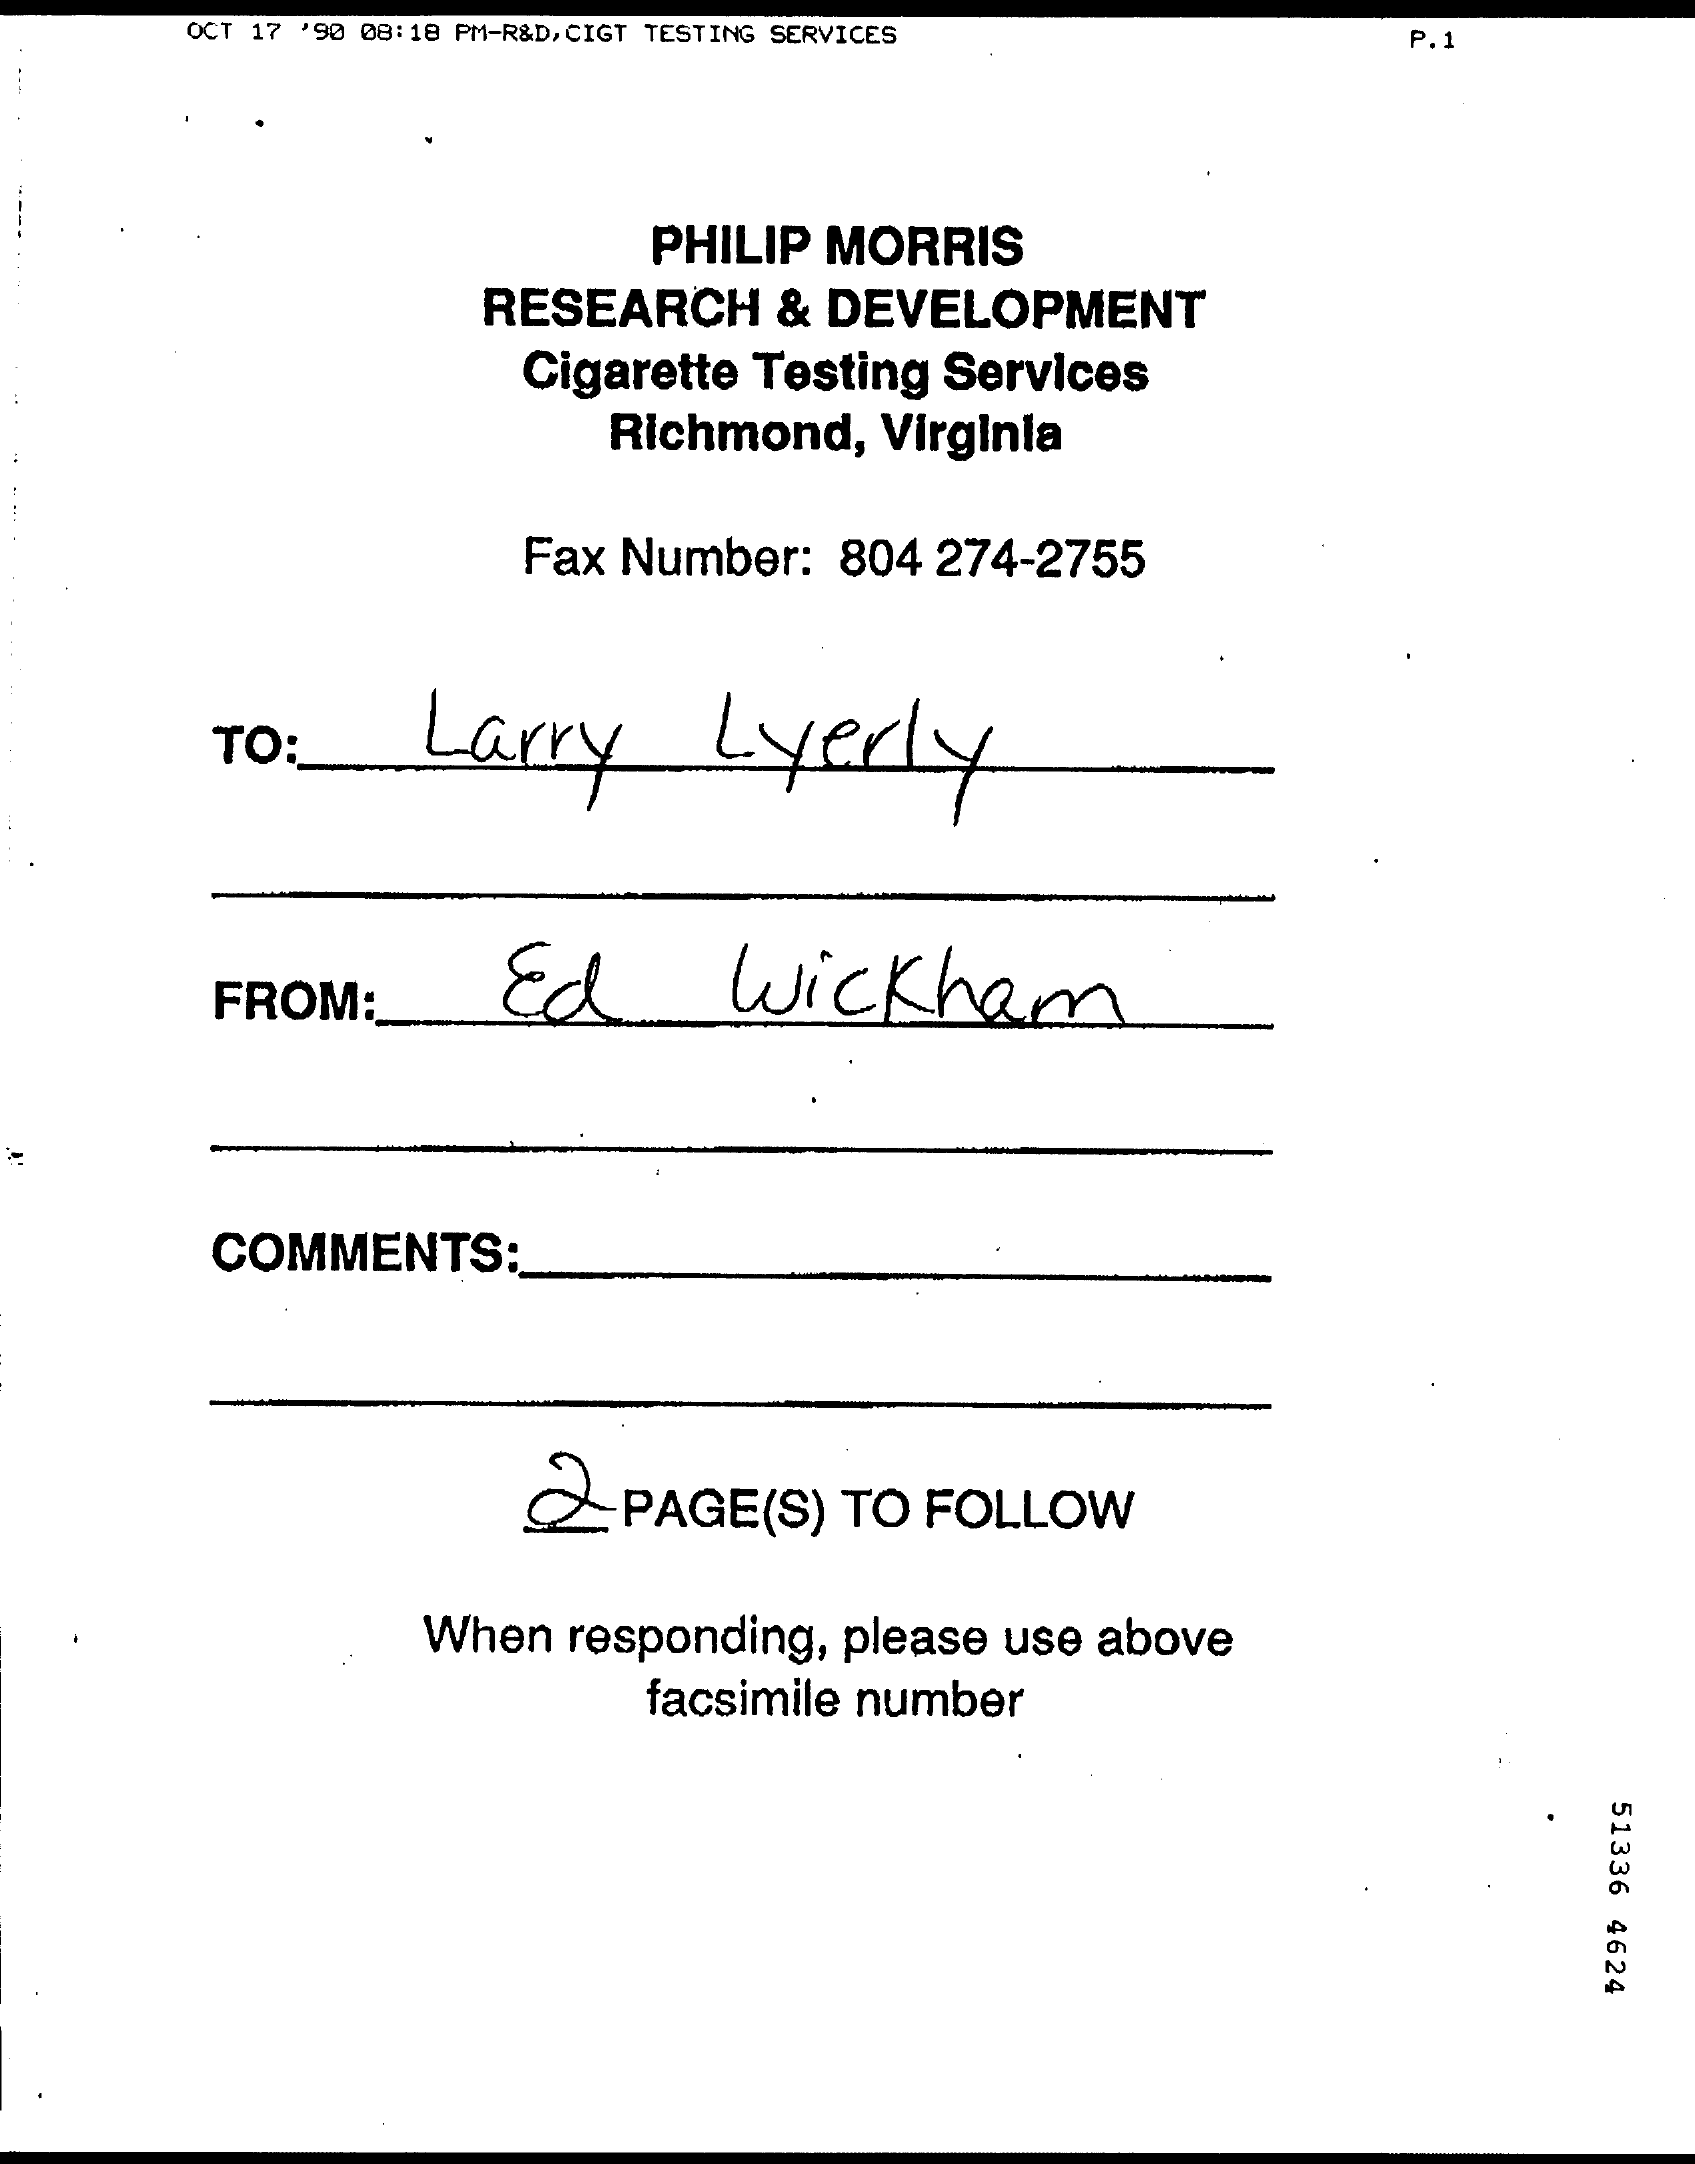
OCT 17 '90 08:18 PM-R&D, CIGT TESTING SERVICES P.1
     PHILIP MORRIS
     RESEARCH  & DEVELOPMENT
     Cigarette Testing Services
     Richmond, Virginia
     Fax Number: 804 274-2755
     TO:    Larry    Lyerly
     FROM:    Ed    wickham
     COMMENTS:
     Q-PAGE(S) TO FOLLOW
     When responding, please use above
     facsimile number
     51336
     4624